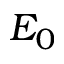
E _ { 0 }